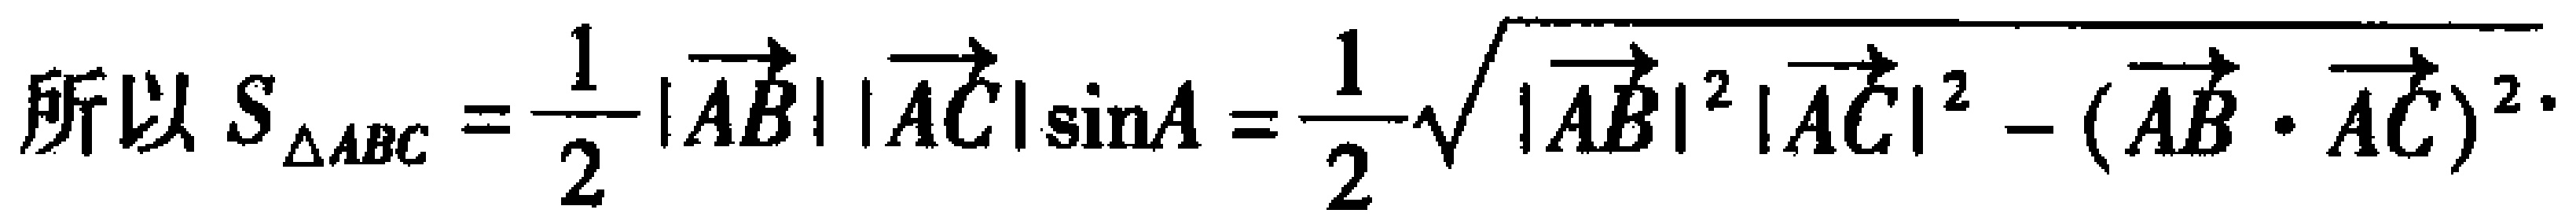
所以 \(S_{\triangle ABC}=\frac{1}{2}|\overrightarrow{AB}||\overrightarrow{AC}|\sin A=\frac{1}{2}\sqrt{|\overrightarrow{AB}|^{2}|\overrightarrow{AC}|^{2}-(\overrightarrow{AB}\cdot\overrightarrow{AC})^{2}}.\)